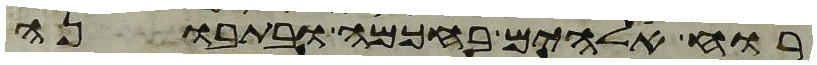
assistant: רוח אלהים בחכמה ובתבונה